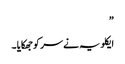
”
ایکلویہ نے سر کو جھکایا ۔